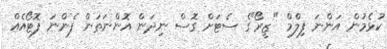
ކުޅެމުން އަންނަ ފިލްމް "ޒީރޯ"ގެ ސެޓަށް ގޮސް ނިދަން އޮންނަތަން ފެންނަ ފޮޓޯއެއް